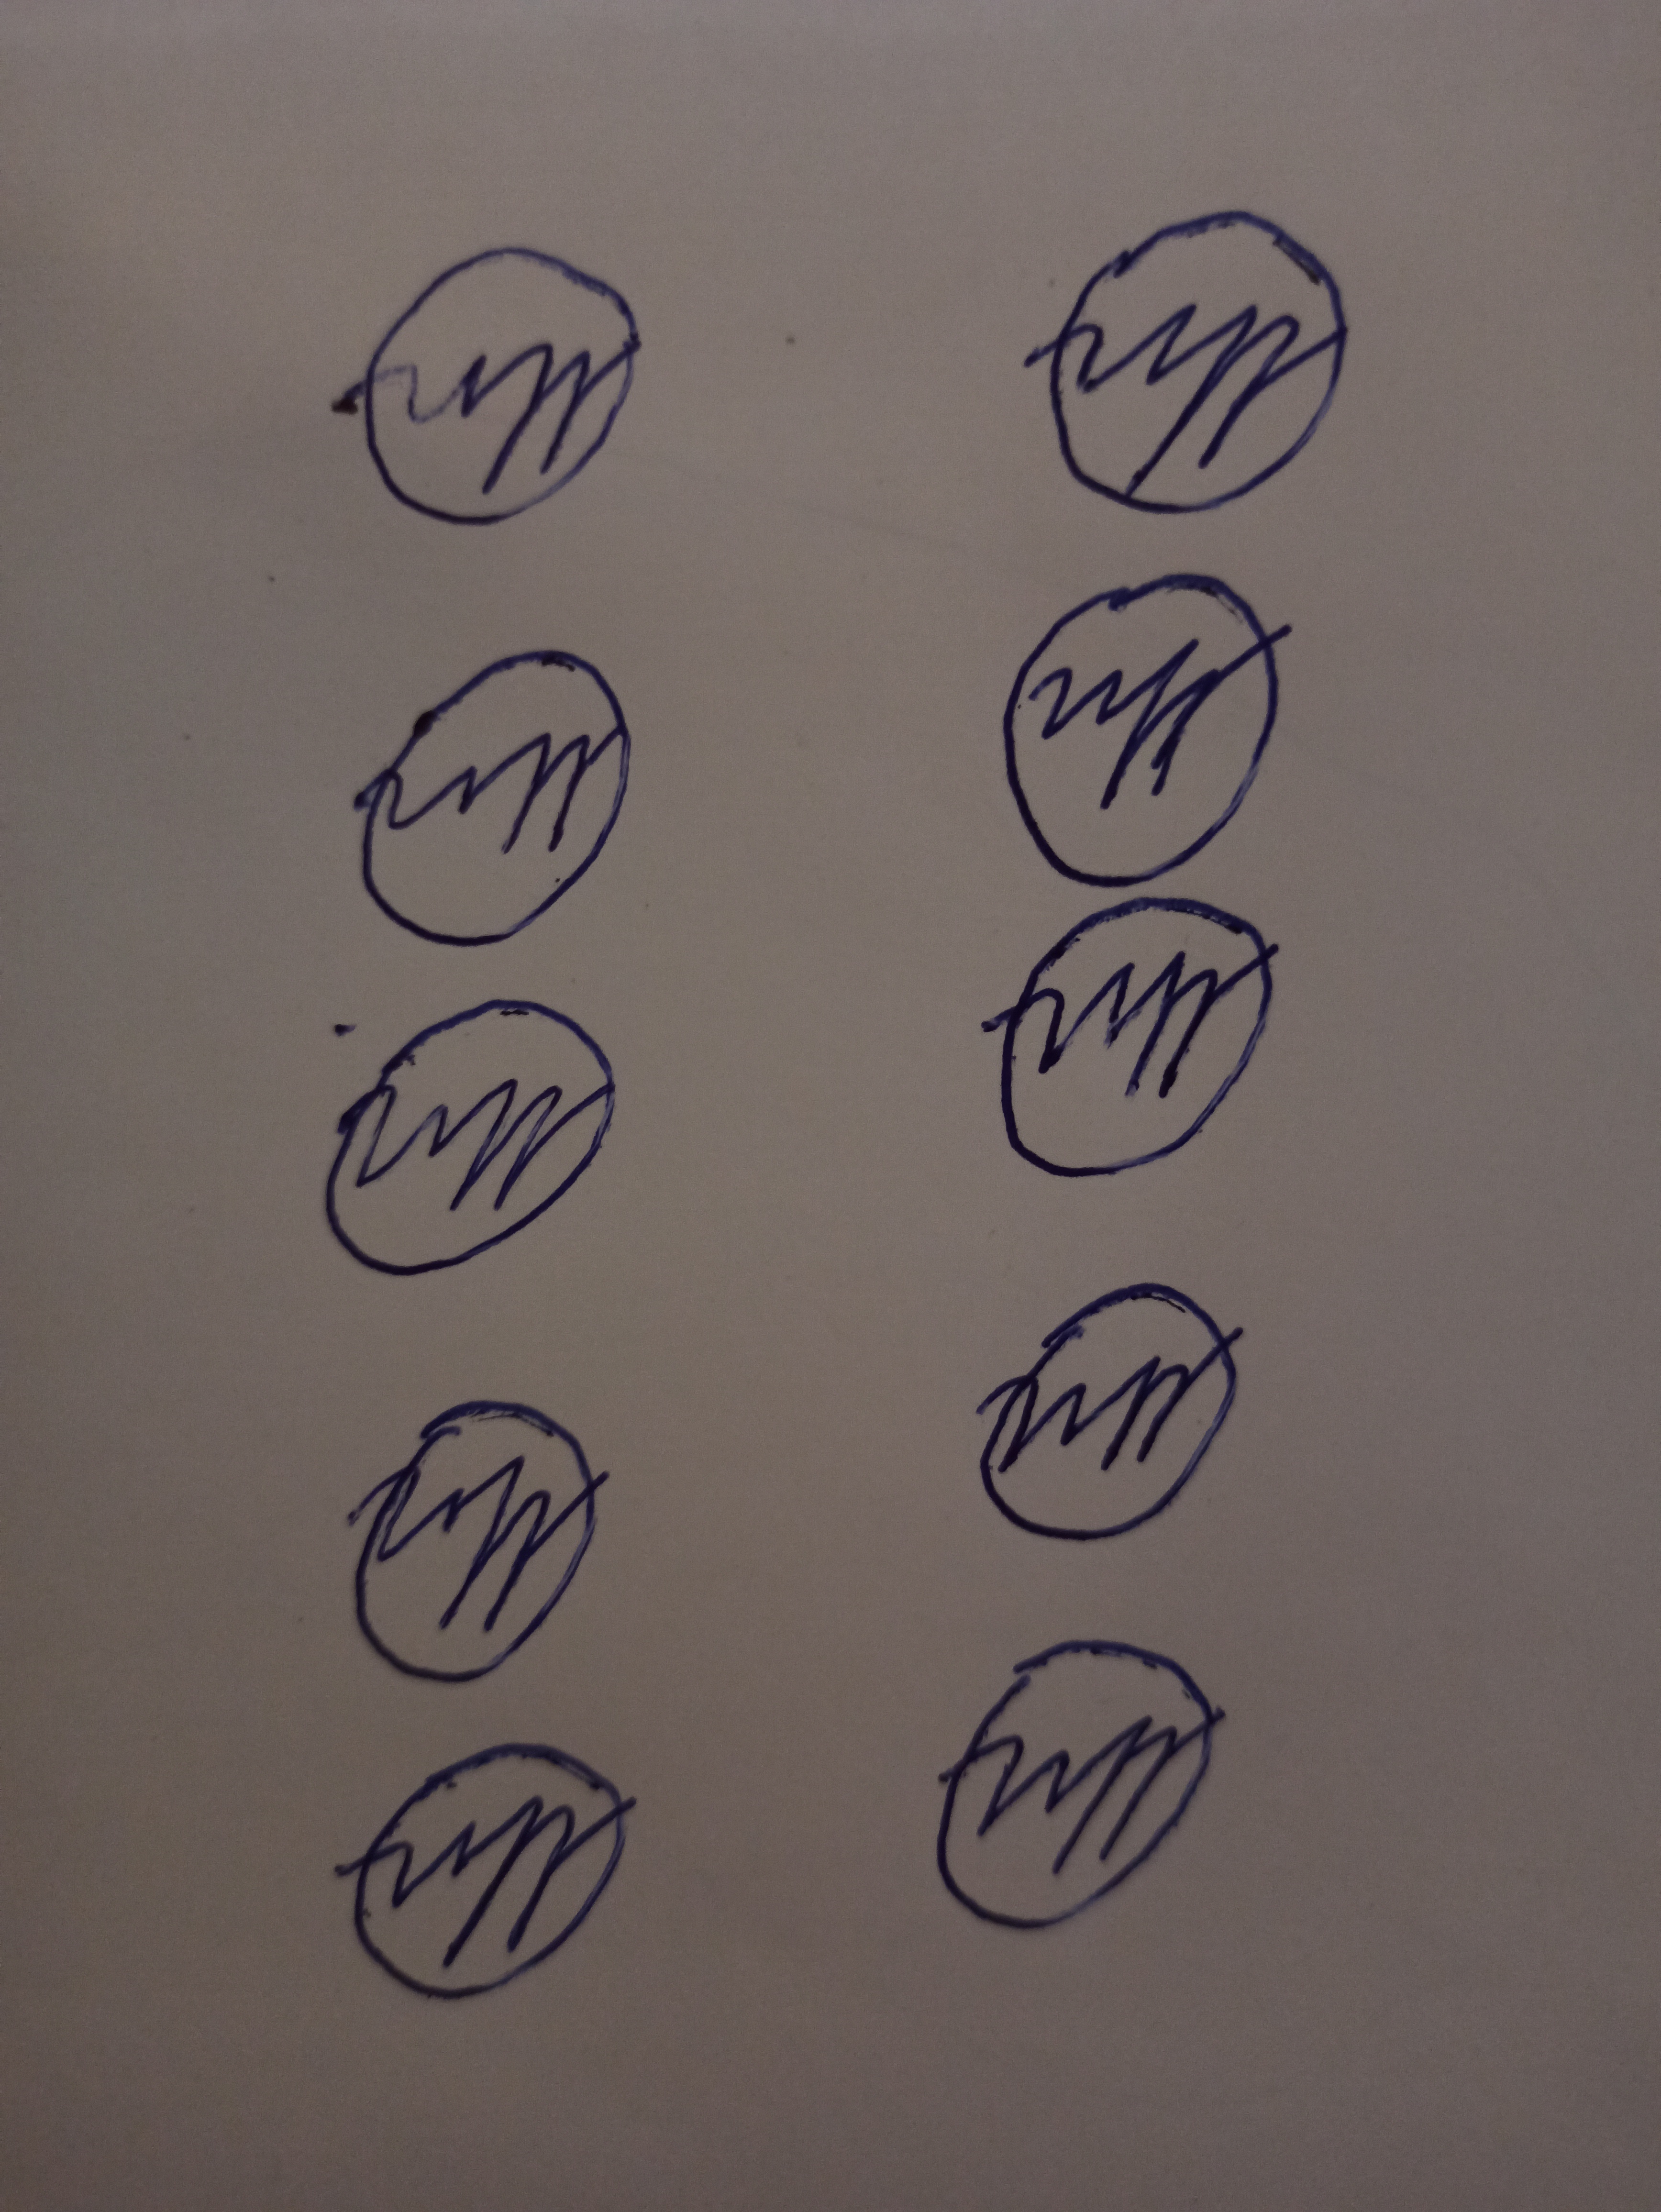
Signature authenticity: forged